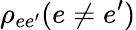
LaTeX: \rho_{ee^{\prime}}(e\neq e^{\prime})